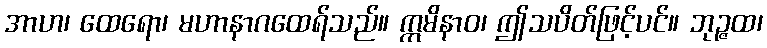
အာဟ၊ ထေရော၊ မဟာနာဂထေရ်သည်။ ဣမိနာဝ၊ ဤသပိတ်ဖြင့်ပင်။ ဘုဉ္ဇထ၊